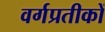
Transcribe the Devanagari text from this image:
वर्गप्रतीकों